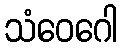
သံဝေဂေါ